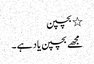
٭ بچپن
مجھے بچپن یاد ہے ۔